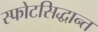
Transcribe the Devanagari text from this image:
स्फोटसिद्धान्त